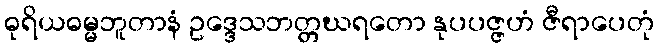
ဓုရိယဓမ္မဘူတာနံ ဥဒ္ဒေသဘတ္တဃရတော နုပပဇ္ဇဟံ ဇီရာပေတုံ